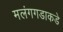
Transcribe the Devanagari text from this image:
मलंगगडाकडे